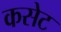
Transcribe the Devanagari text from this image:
कसेट